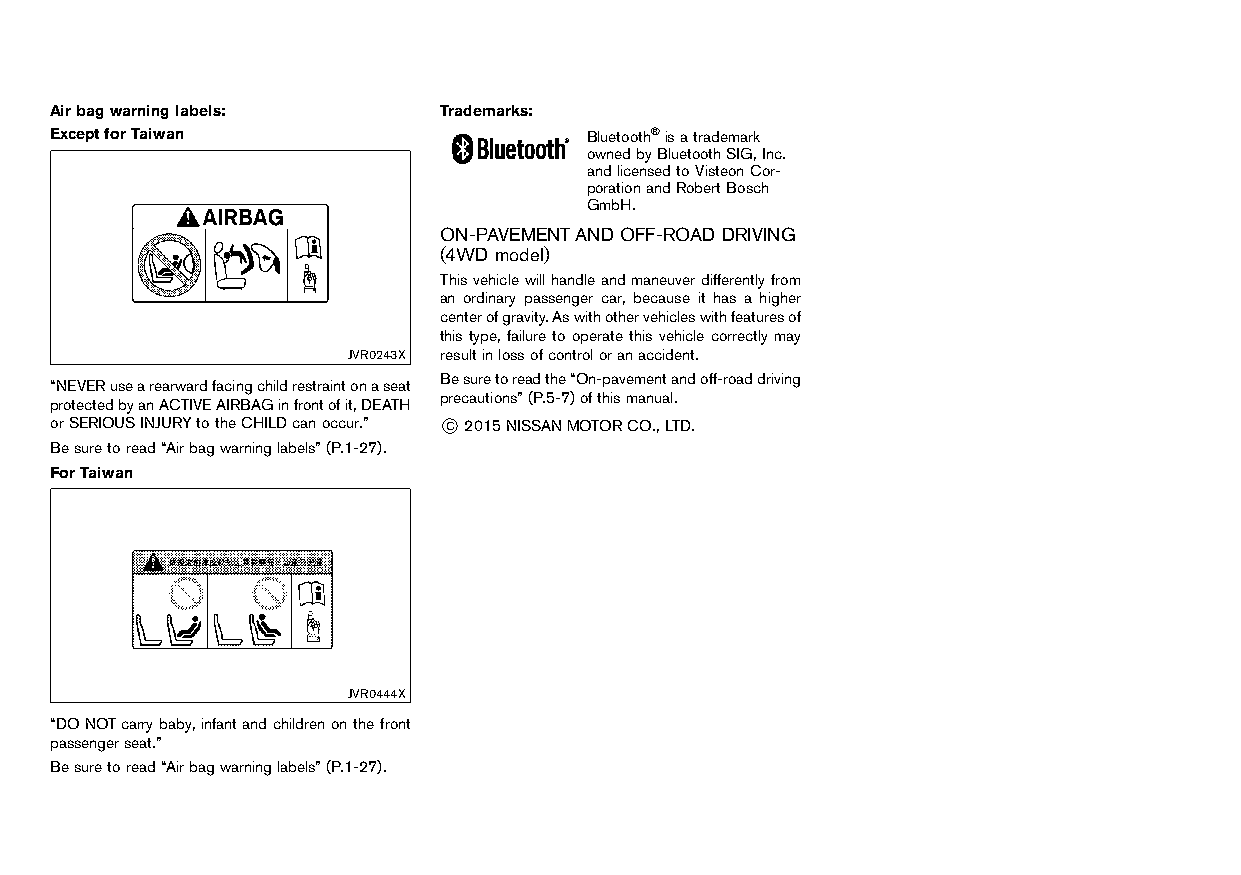
(4,1)
 Airbagwarninglabels:      Trademarks:
 HT32A1-22018305-9BAB-4201-B6FC-C08EB94AEAE0 HT32A1-22018305-9BAB-4201-B6FC-C08EB94AEAE0
 ExceptforTaiwan                     Bluetooth®isatrademark
 NOS1617
 ownedbyBluetoothSIG,Inc.
 andlicensedtoVisteonCor-
 porationandRobertBosch
 GmbH.
 ON-PAVEMENTAND OFF-ROAD DRIVING
 (4WD model)
 HT32A1-A92ECF76-8233-4402-BEA7-174ED86FCE6B
 Thisvehiclewillhandleandmaneuverdifferentlyfrom
 an ordinary passenger car, because it has a higher
 centerofgravity.Aswithothervehicleswithfeaturesof
 thistype,failuretooperatethisvehiclecorrectly may
 JVR0243X resultinlossofcontroloranaccident.
 Besuretoreadthe“On-pavementandoff-roaddriving
 “NEVERusearearwardfacingchildrestraintonaseat
 precautions”(P.5-7)ofthismanual.
 protectedbyanACTIVEAIRBAGinfrontofit,DEATH
 orSERIOUSINJURYtotheCHILDcanoccur.” *C 2015NISSANMOTORCO.,LTD.
 Besuretoread“Airbagwarninglabels”(P.1-27).
 ForTaiwan
 JVR0444X
 “DONOTcarrybaby,infantandchildrenonthefront
 passengerseat.”
 Besuretoread“Airbagwarninglabels”(P.1-27).
 Condition:                        [Edit:2015/8/24 Model: HT32-A]